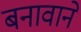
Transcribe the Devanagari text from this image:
बनावाने